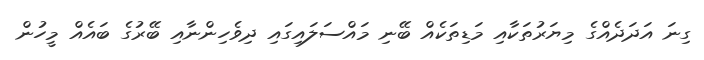
ގިނަ އަދަދެއްގެ މިޔަރުތަކާއި މަޑިތަކެއް ބޭނި މައްސަލައިގައި ދިވެހިންނާއި ބޭރުގެ ބައެއް މީހުން